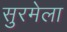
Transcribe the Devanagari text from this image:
सुरमेला